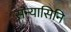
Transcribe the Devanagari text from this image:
संन्यासिनि